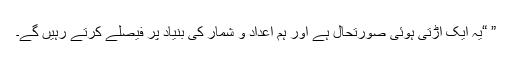
” “یہ ایک اڑتی ہوئی صورتحال ہے اور ہم اعداد و شمار کی بنیاد پر فیصلے کرتے رہیں گے۔